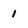
Character: 1